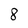
Character: 8